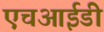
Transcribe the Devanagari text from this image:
एचआईडी